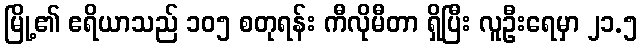
မြို့၏ ဧရိယာသည် ၁၀၅ စတုရန်း ကီလိုမီတာ ရှိပြီး လူဦးရေမှာ ၂၁.၅